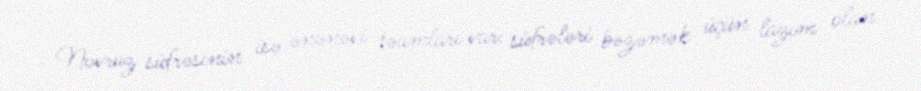
Novruz süfrəsinin isə ənənəvi təamları var: süfrələri bəzəmək üçün lazım olan